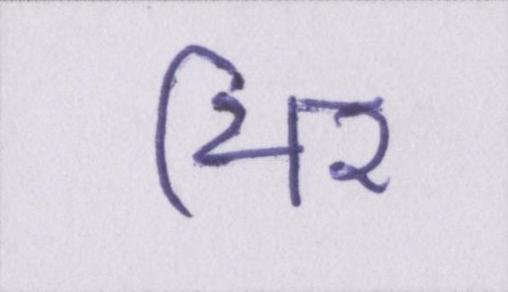
थिर